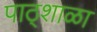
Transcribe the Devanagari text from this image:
पाठ्शाळा